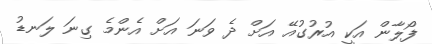
ފޯލާން އަކީ އުރުގުއޭ އަށް ދެ ވަނަ އަށް އެންމެ ގިނަ ލަނޑު